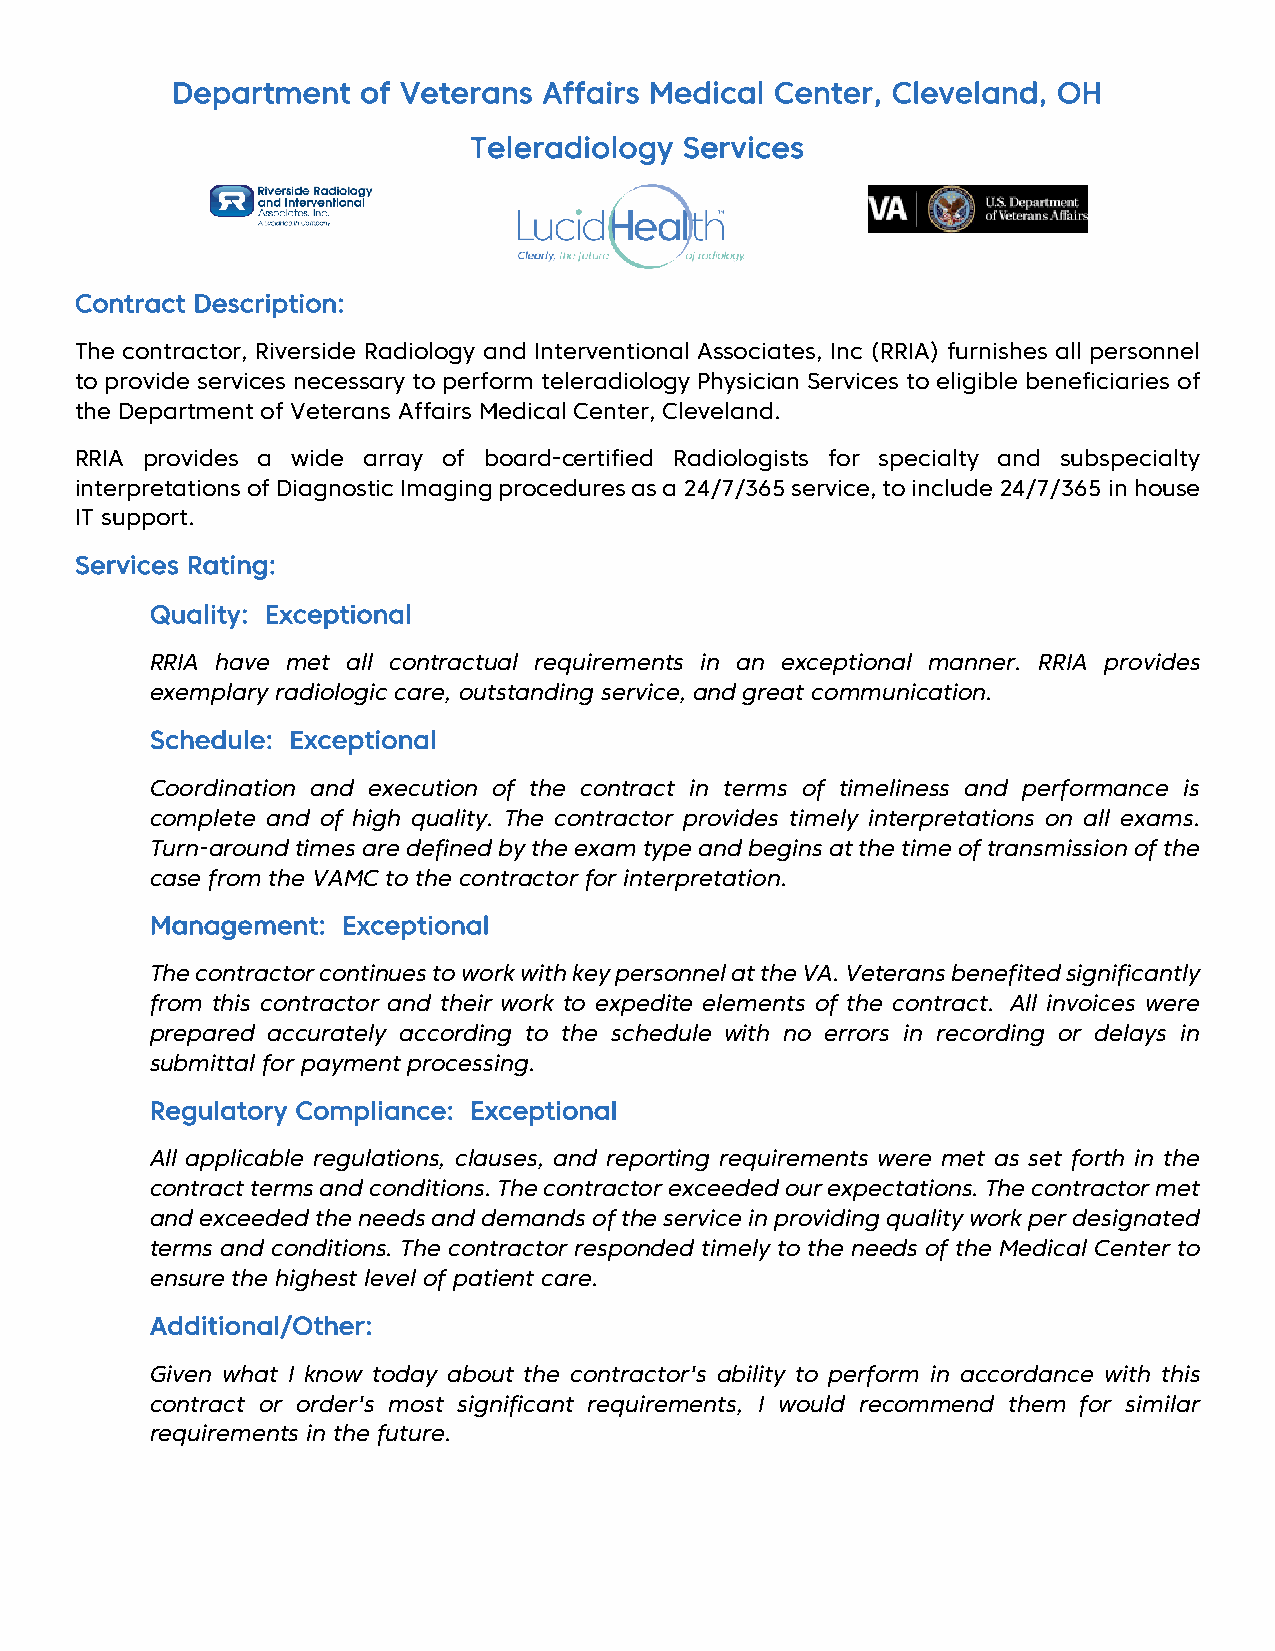
Department   of Veterans Affairs Medical Center, Cleveland, OH
 Teleradiology Services
 Contract Description:
 The contractor, Riverside Radiology and Interventional Associates, Inc (RRIA) furnishes all personnel
 to provide services necessary to perform teleradiology Physician Services to eligible beneficiaries of
 the Department of Veterans Affairs Medical Center, Cleveland.
 RRIA provides a wide array of board-certified Radiologists for specialty and subspecialty
 interpretations of Diagnostic Imaging procedures as a 24/7/365 service, to include 24/7/365 in house
 IT support.
 Services Rating:
 Quality: Exceptional
 RRIA have met all contractual requirements in an exceptional manner. RRIA provides
 exemplary radiologic care, outstanding service, and great communication.
 Schedule: Exceptional
 Coordination and execution of the contract in terms of timeliness and performance is
 complete and of high quality. The contractor provides timely interpretations on all exams.
 Turn-around times are defined by the exam type and begins at the time of transmission of the
 case from the VAMC to the contractor for interpretation.
 Management:  Exceptional
 The contractor continues to work with key personnel at the VA. Veterans benefited significantly
 from this contractor and their work to expedite elements of the contract. All invoices were
 prepared accurately according to the schedule with no errors in recording or delays in
 submittal for payment processing.
 Regulatory Compliance: Exceptional
 All applicable regulations, clauses, and reporting requirements were met as set forth in the
 contract terms and conditions. The contractor exceeded our expectations. The contractor met
 and exceeded the needs and demands of the service in providing quality work per designated
 terms and conditions. The contractor responded timely to the needs of the Medical Center to
 ensure the highest level of patient care.
 Additional/Other:
 Given what I know today about the contractor's ability to perform in accordance with this
 contract or order's most significant requirements, I would recommend them for similar
 requirements in the future.